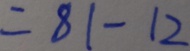
= 8 1 - 1 2